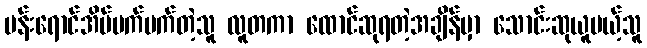
ပန်းရောင်အိပ်မက်မက်တဲ့သူ လူတကာ ထောင်ဆုရတဲ့အချိန်မှာ သောင်းဆုယူမယ့်သူ